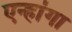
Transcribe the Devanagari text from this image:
एन्हांगा